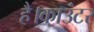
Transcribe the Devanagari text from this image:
है।काउंटर